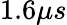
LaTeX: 1.6\mu s